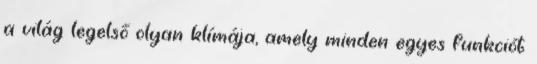
a világ legelső olyan klímája, amely minden egyes funkciót